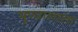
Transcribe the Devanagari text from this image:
पुण्यालाला